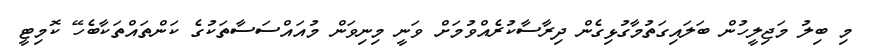
މި ބިލު މަޖިލީހުން ބަލައިގަތުމާގުޅިގެން ދިރާސާކުރެއްވުމަށް ވަނީ މިނިވަން މުއައްސަސާތަކުގެ ކަންތައްތަކާބެހޭ ކޮމިޓީ